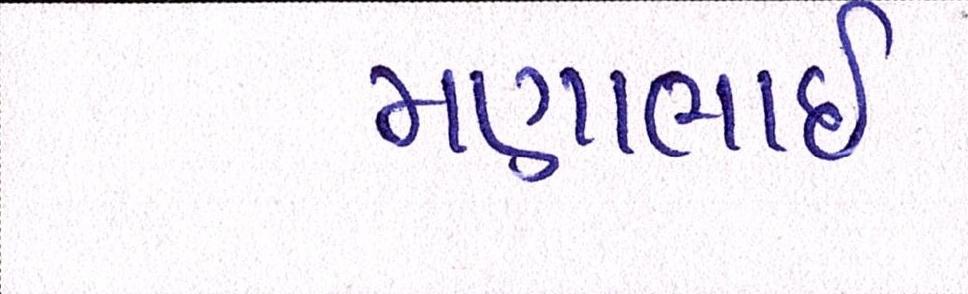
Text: મણાભાઈ